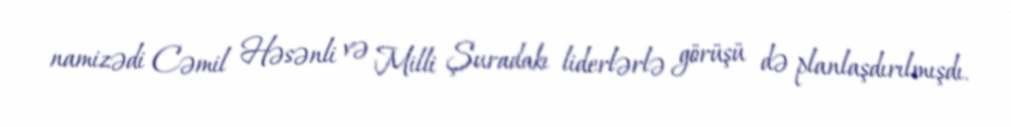
namizədi Cəmil Həsənli və Milli Şuradakı liderlərlə görüşü də planlaşdırılmışdı.